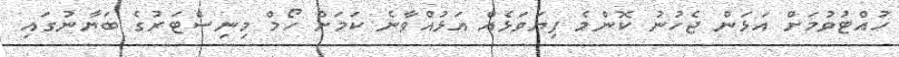
ހުއްޓުވުމަށް އަޅަން ޖެހުނު ކޮންމެ ފިޔަވަޅެއް އަޅުއްވާނެ ކަމަށް ހޯމް މިނިސްޓަރުގެ ބަޔާނުގައި